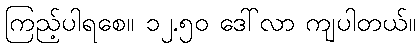
ကြည့်ပါရစေ။ ၁၂.၅၀ ဒေါ်လာ ကျပါတယ်။